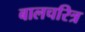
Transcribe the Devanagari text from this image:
बालचरित्र